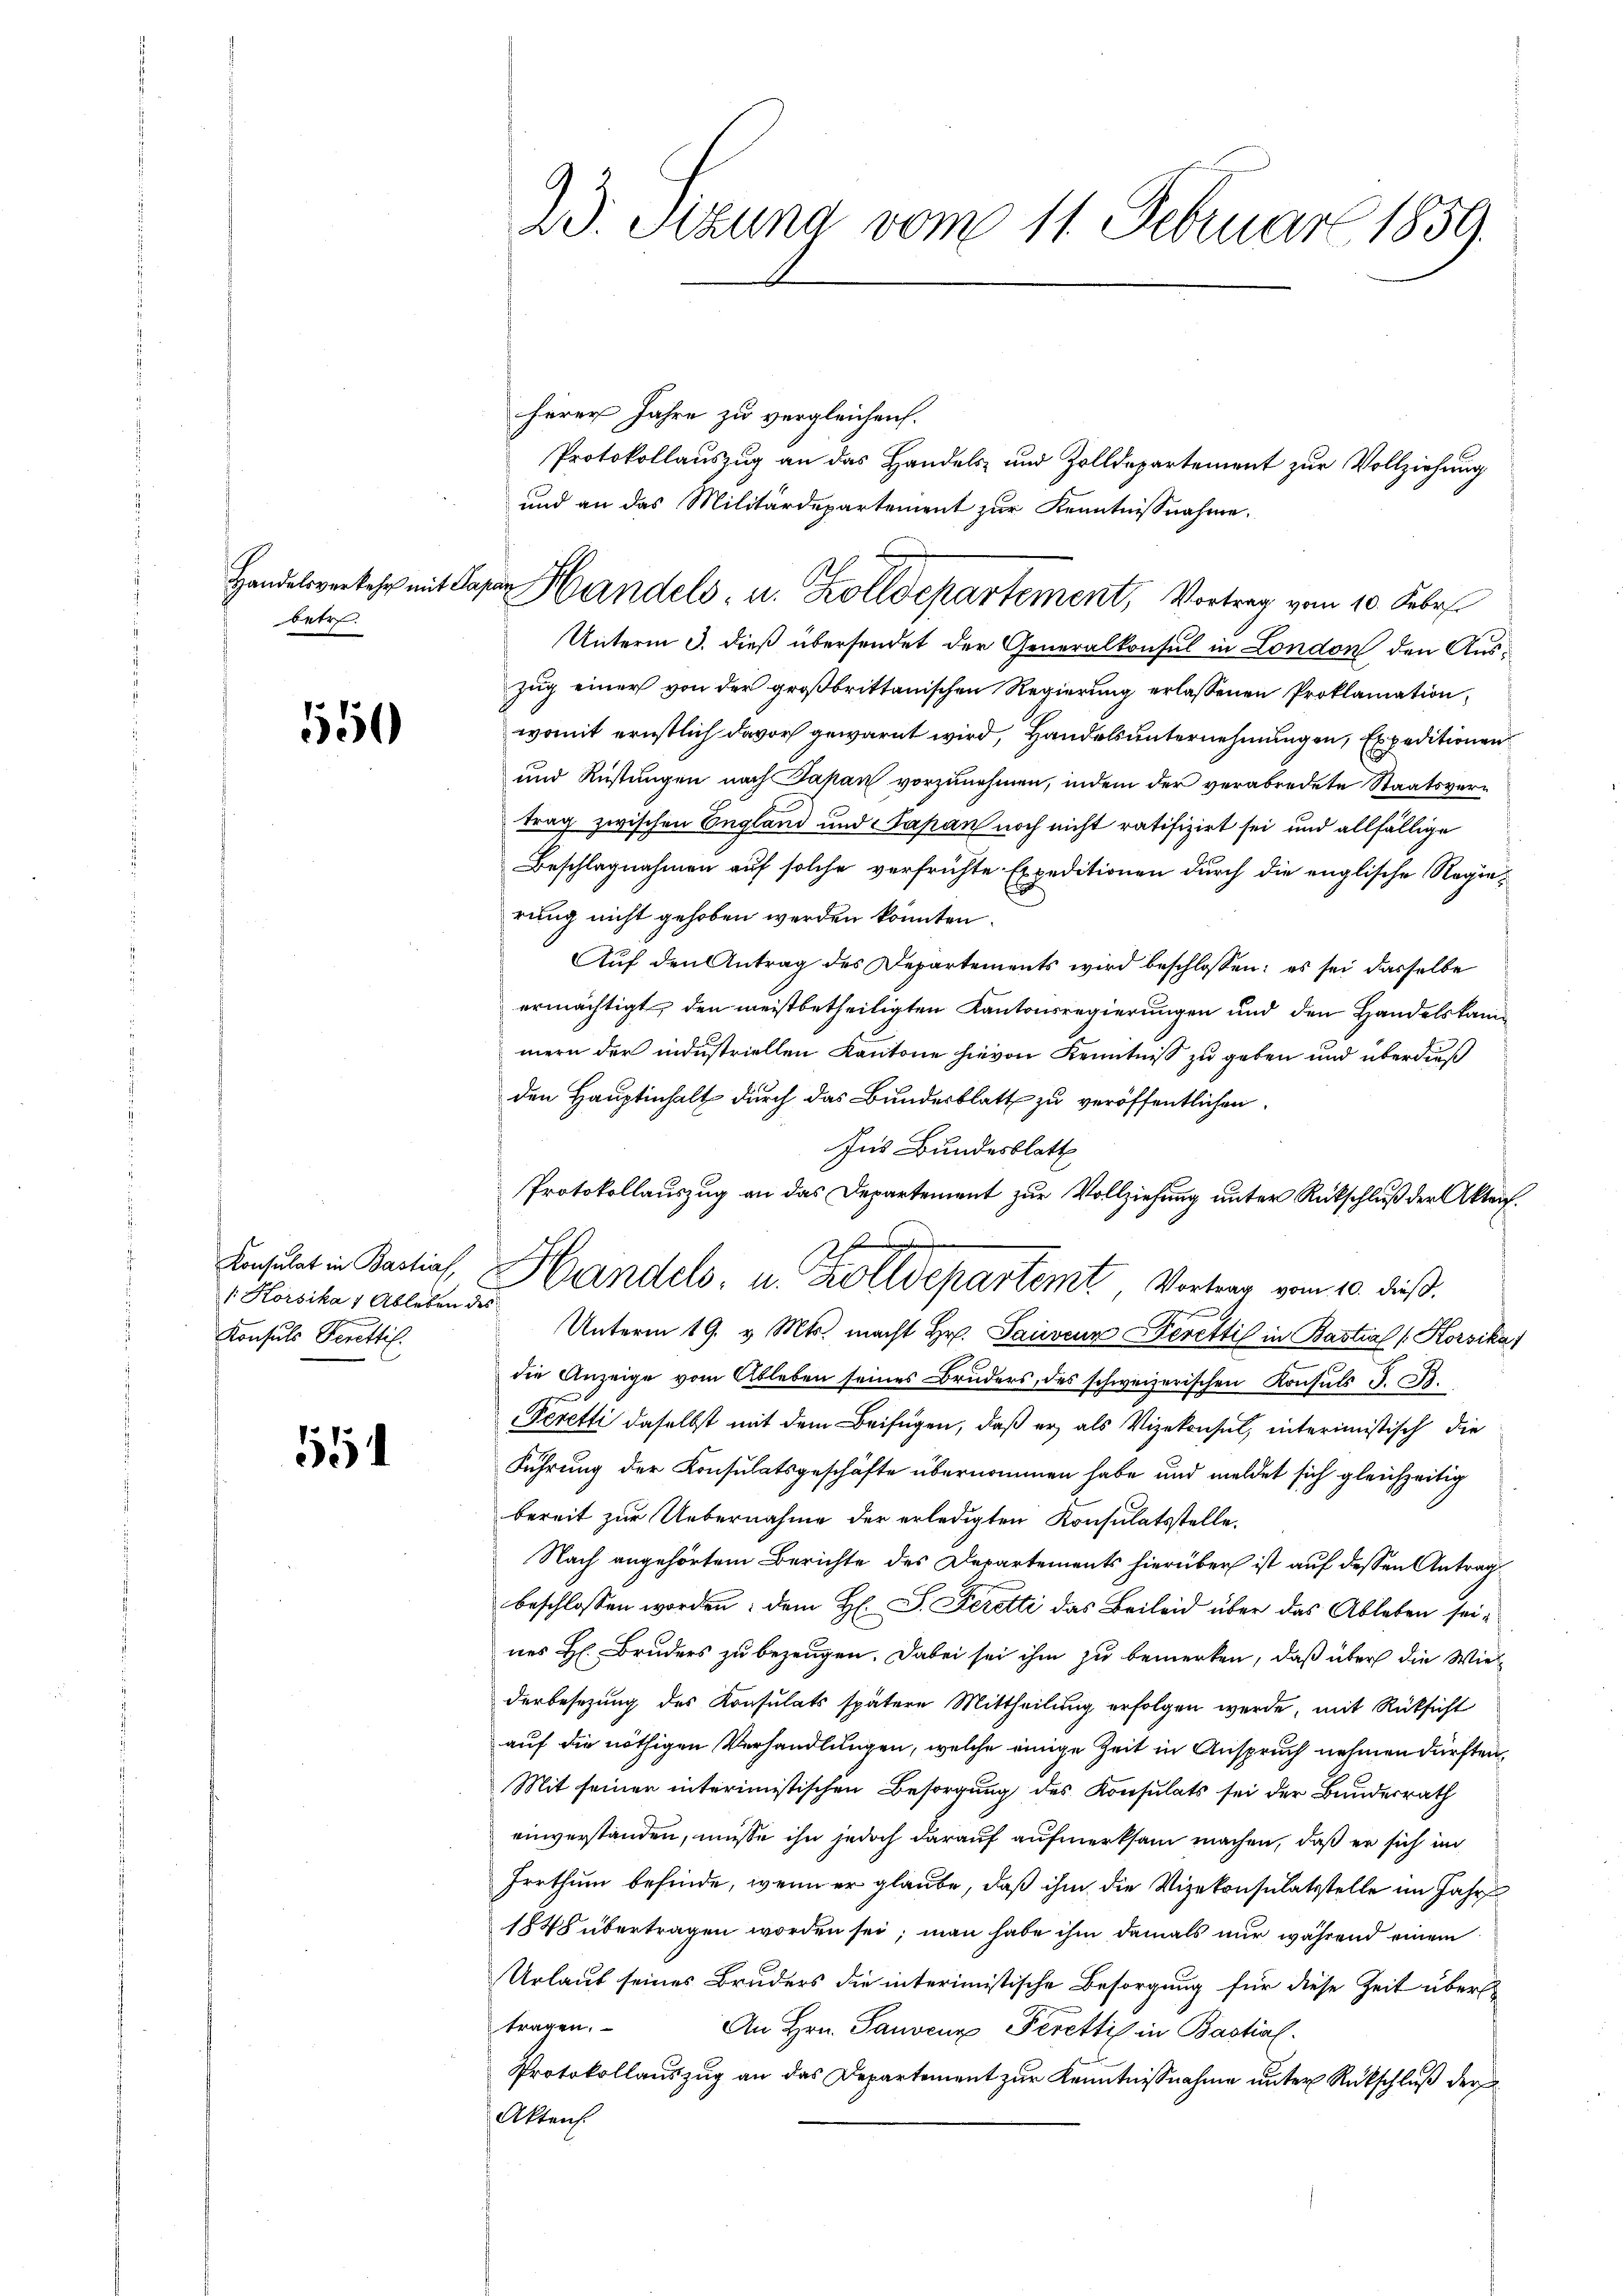
betr.

1550

Konsulat in Bastiaf,
1: Korsika 1 Ableben des
Konsuls Perettil

55

23. Setzung vom 11. Februar 1859.

und an das Militärdepartement zur Kenntnisnahme.
Handelsverkehr mit Papan Handels- u. Zolldepartement, Vortrag vom 10. Febr.

herer Jahre zu vergleichen.
Protokollauszug an das Handels- und Zolldepartement zur Vollziehung
Unterm 3. dieß übersendet der Generalkonsul in London den Aus¬
Zug einer von der großbrittanischen Regierung erlassenen Proklamation,
womit ernstlich davor gewarnt wird, Handels unternehmungen, Expeditionen
und Rüstungen nach Papan vorzunehmen, indem der verabredete Staatsvertrag zwischen England und Japan noch nicht ratifizirt sei und allfällige
Beschlagnahmen auf solche verfrühte Expeditionen durch die englische Regierung nicht gehoben werden könnten.
Auf den Antrag des Departements wird beschlossen: es sei dasselbe
ermächtigt, den meistbetheiligten Kantonsregierungen und den Handelskammern der industriellen Kantone hievon Kenntniß zu geben und überdieß
den Hauptinhalt durch das Bundesblatt zu veröffentlichen
Aus Bundesblatt
Unterm 19. v. Mts. macht Hr. Pauveur Derettil in Bastial (Korsika
die Anzeige vom Ableben seines Bruders, des schweizerischen Konsuls J. C.
Peretti daselbst mit dem Beifügen, daß er als Vizekonsul, interimistisch die
Führung der Konsulatsgeschäfte übernommen habe und meldet sich gleichzeitig
bereit zur Uebernahme der erledigten Konsulatsstelle.
Nach angehörtem Berichte des Departements hierüber ist auf dessen Antrag
beschlossen worden; dem H. S. Feretti das Beileid über das Ableben seines H. Bruders zu bezeugen. Dabei sei ihm zu bemerken, daß über die Wiederbesezung des Konsulats spätere Mittheilung erfolgen werde, mit Rücksicht
auf die nöthigen Verhandlungen, welche einige Zeit in Anspruch nehmen dürften,
Mit seinen interimistischen Besorgung des Konsulats sei der Bundesrath
einverstanden, müsse ihn jedoch darauf aufmerksam machen, daß er sich im
Irrthum befinde, wenn er glaube, daß ihm die Vizekonsulatsstelle im Jahr
1848 übertragen worden sei; man habe ihm damals nur während einem
Urlaut seines Bruders die interimistische Besorgung für diese Zeit über
tragen.
An Hrn. Sanden Peretti in Bastial
Protokollauszug an das Departement zur Kenntnisnahme unter Rückschluß der
Aktens

Protokollauszug an das Departement zur Vollziehung unter Rückschluß der Akten.
s
Handels- u. Zolldepartemt Vortrag vom 10. dieß.